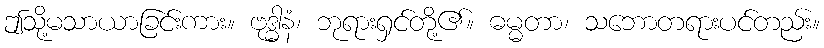
ဤသို့မသာယာခြင်းကား။ ဗုဒ္ဓါနံ၊ ဘုရားရှင်တို့၏။ ဓမ္မတာ၊ သဘောတရားပင်တည်း။